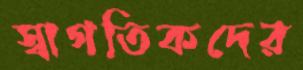
স্বাগতিকদের